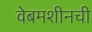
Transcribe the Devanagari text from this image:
वेबमशीनची